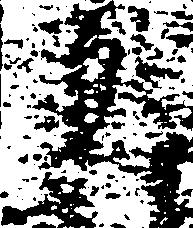
文